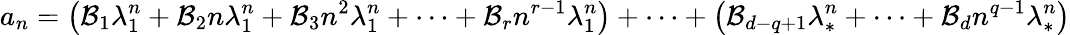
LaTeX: a_{n}=\left(\mathcal{B}_{1}\lambda_{1}^{n}+\mathcal{B}_{2}n\lambda_{1}^{n}+\mathcal{B}_{3}n^{2}\lambda_{1}^{n}+\cdots+\mathcal{B}_{r}n^{r-1}\lambda_{1}^{n}\right)+\cdots+\left(\mathcal{B}_{d-q+1}\lambda_{*}^{n}+\cdots+\mathcal{B}_{d}n^{q-1}\lambda_{*}^{n}\right)